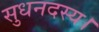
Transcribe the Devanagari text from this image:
सुधनदस्य।